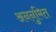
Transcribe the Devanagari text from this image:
अननुमित